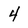
Character: 4